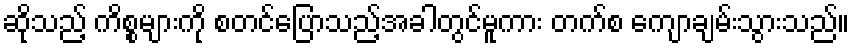
ဆိုသည့် ကိစ္စများကို စတင်ပြောသည့်အခါတွင်မူကား တက်စ ကျောချမ်းသွားသည်။